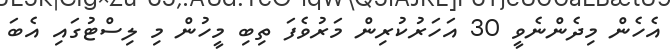
އެހެން މިދެންނެވީ 30 އަހަރުކުރިން މަރުވެފަ ތިބި މީހުން މި ލިސްޓުގައި އެބަ